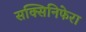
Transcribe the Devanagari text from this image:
सक्सिनिफेरा